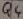
Text: Q5